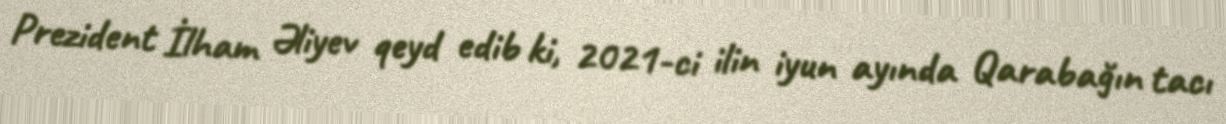
Prezident İlham Əliyev qeyd edib ki, 2021-ci ilin iyun ayında Qarabağın tacı